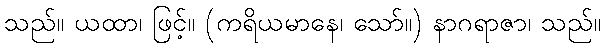
သည်။ ယထာ၊ ဖြင့်။ (ကရိယမာနေ၊ သော်။) နာဂရာဇာ၊ သည်။